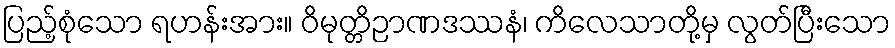
ပြည့်စုံသော ရဟန်းအား။ ဝိမုတ္တိဉာဏဒဿနံ၊ ကိလေသာတို့မှ လွတ်ပြီးသော